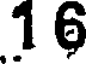
1 6